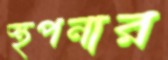
স্থপনার